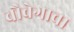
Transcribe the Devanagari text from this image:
चौवेगाचा